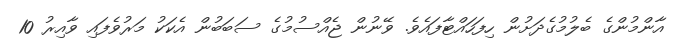
އާންމުންގެ ބެލުމުގެދަށުން ހިފަހައްޓާފައެވެ. ވޭނުން ޖެއްސުމުގެ ސަބަބުން އެކަކު މަރުވެފައި ވާއިރު 10